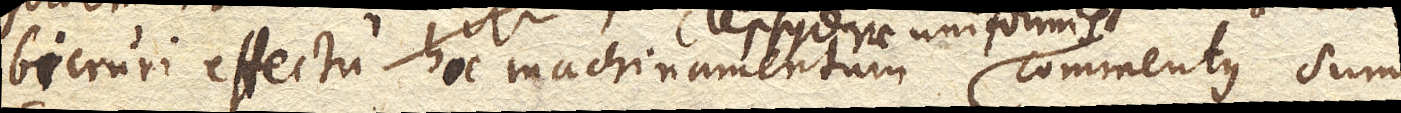
bicruri effectu hoc machinamentum clepsydrae uniformis commentus sum.